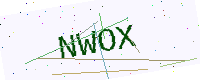
Text: NWOX